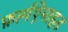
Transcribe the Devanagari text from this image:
फ़ार्मऐमाइड